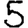
Digit: 5